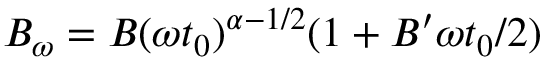
B _ { \omega } = B ( \omega t _ { 0 } ) ^ { \alpha - 1 / 2 } ( 1 + B ^ { \prime } \omega t _ { 0 } / 2 )